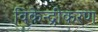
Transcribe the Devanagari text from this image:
विकेन्‍द्रीकरण